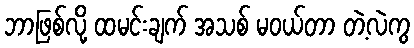
ဘာဖြစ်လို့ ထမင်းချက် အသစ် မဝယ်တာ တဲ့လဲကွ